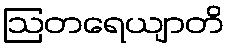
ဩတရေယျာတိ